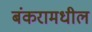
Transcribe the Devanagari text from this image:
बंकरामधील